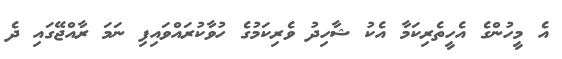
އެ މީހުންގެ އެހީތެރިކަމާ އެކު ޝާހިދު ވެރިކަމުގެ ހުވާކުރައްވައިފި ނަމަ ރާއްޖޭގައި ދެ